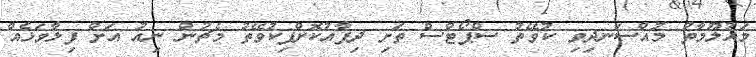
މައުލޫމާތު މުއްސަނދިވި ކުވޭތު ސްޕޯޓްސް ތަށި ދިފާއުކޮށްފިކުވޭތު މެޗުން ނިއު އަށް ފިލާވަޅެއް